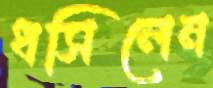
ধসিলেন